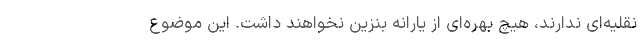
نقلیه‌ای ندارند، هیچ بهره‌ای از یارانه بنزین نخواهند داشت. این موضوع